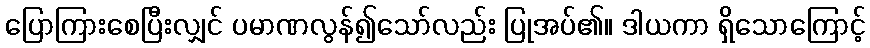
ပြောကြားစေပြီးလျှင် ပမာဏလွန်၍သော်လည်း ပြုအပ်၏။ ဒါယကာ ရှိသောကြောင့်